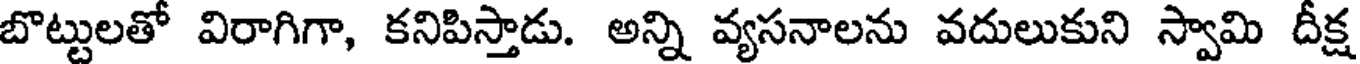
బొట్టులతో విరాగిగా, కనిపిస్తాడు. అన్ని వ్యసనాలను వదులుకుని స్వామి దీక్ష